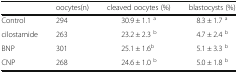
|  | oocytes(n) | cleaved oocytes (%) | blastocysts (%) |
 | --- | --- | --- | --- |
 | Control | 294 | 30.9 ± 1.1 a | 8.3 ± 1.7 a |
 | cilostamide | 263 | 23.2 ± 2.3 b | 4.7 ± 2.4 b |
 | BNP | 301 | 25.1 ± 1.6b | 5.1 ± 3.3 b |
 | CNP | 268 | 24.6 ± 1.0 b | 5.0 ± 1.8 b |